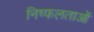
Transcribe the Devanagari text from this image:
निष्फलताओं